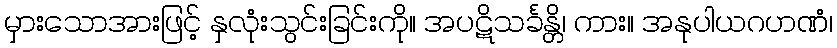
မှားသောအားဖြင့် နှလုံးသွင်းခြင်းကို။ အပဋိသင်္ခန္တိ၊ ကား။ အနုပါယဂဟဏံ၊